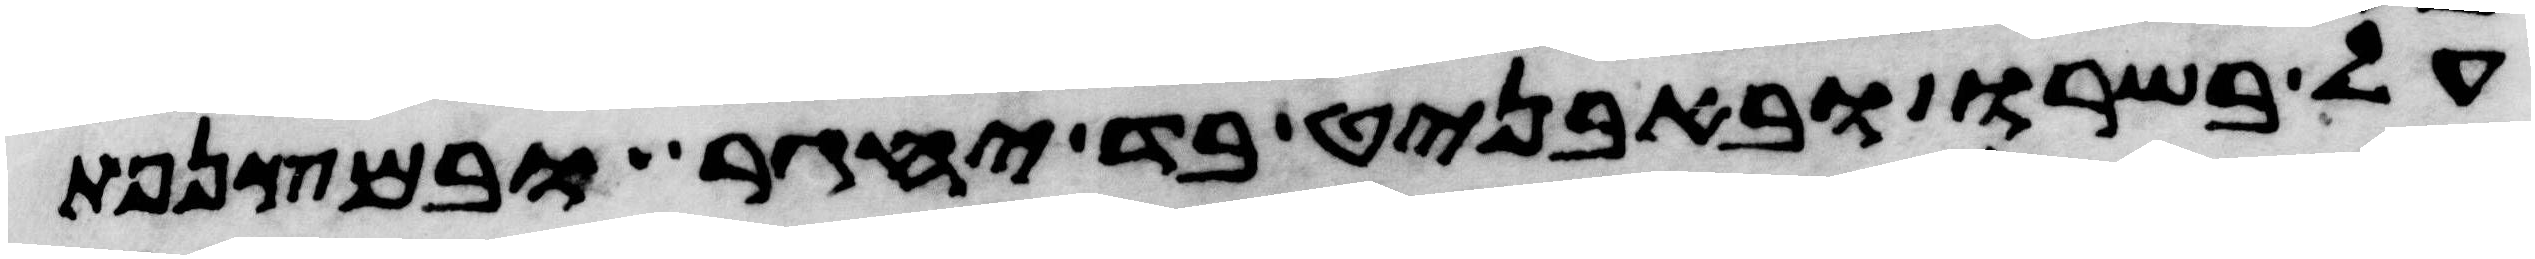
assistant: על בשרו ובאבניט בד יחגר ובמצנפת